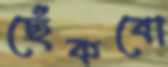
ছেঁকবো